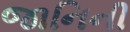
જાનિની